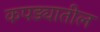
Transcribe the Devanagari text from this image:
कपड्यातील